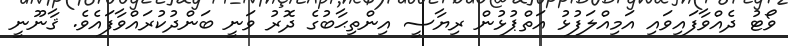
ވޯޓު ދެއްވާފައިވައި އަމިއްލަފުޅު އަތްޕުޅުން ރިޔާސީ އިންތިޙާބުގެ ދޮރު ވަނީ ބަންދުކުރައްވާފައެވެ. ޤާނޫނީ